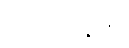
ထုတ်ပြန်ရာ